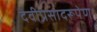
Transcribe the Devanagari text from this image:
देवीप्रसादरूपेण